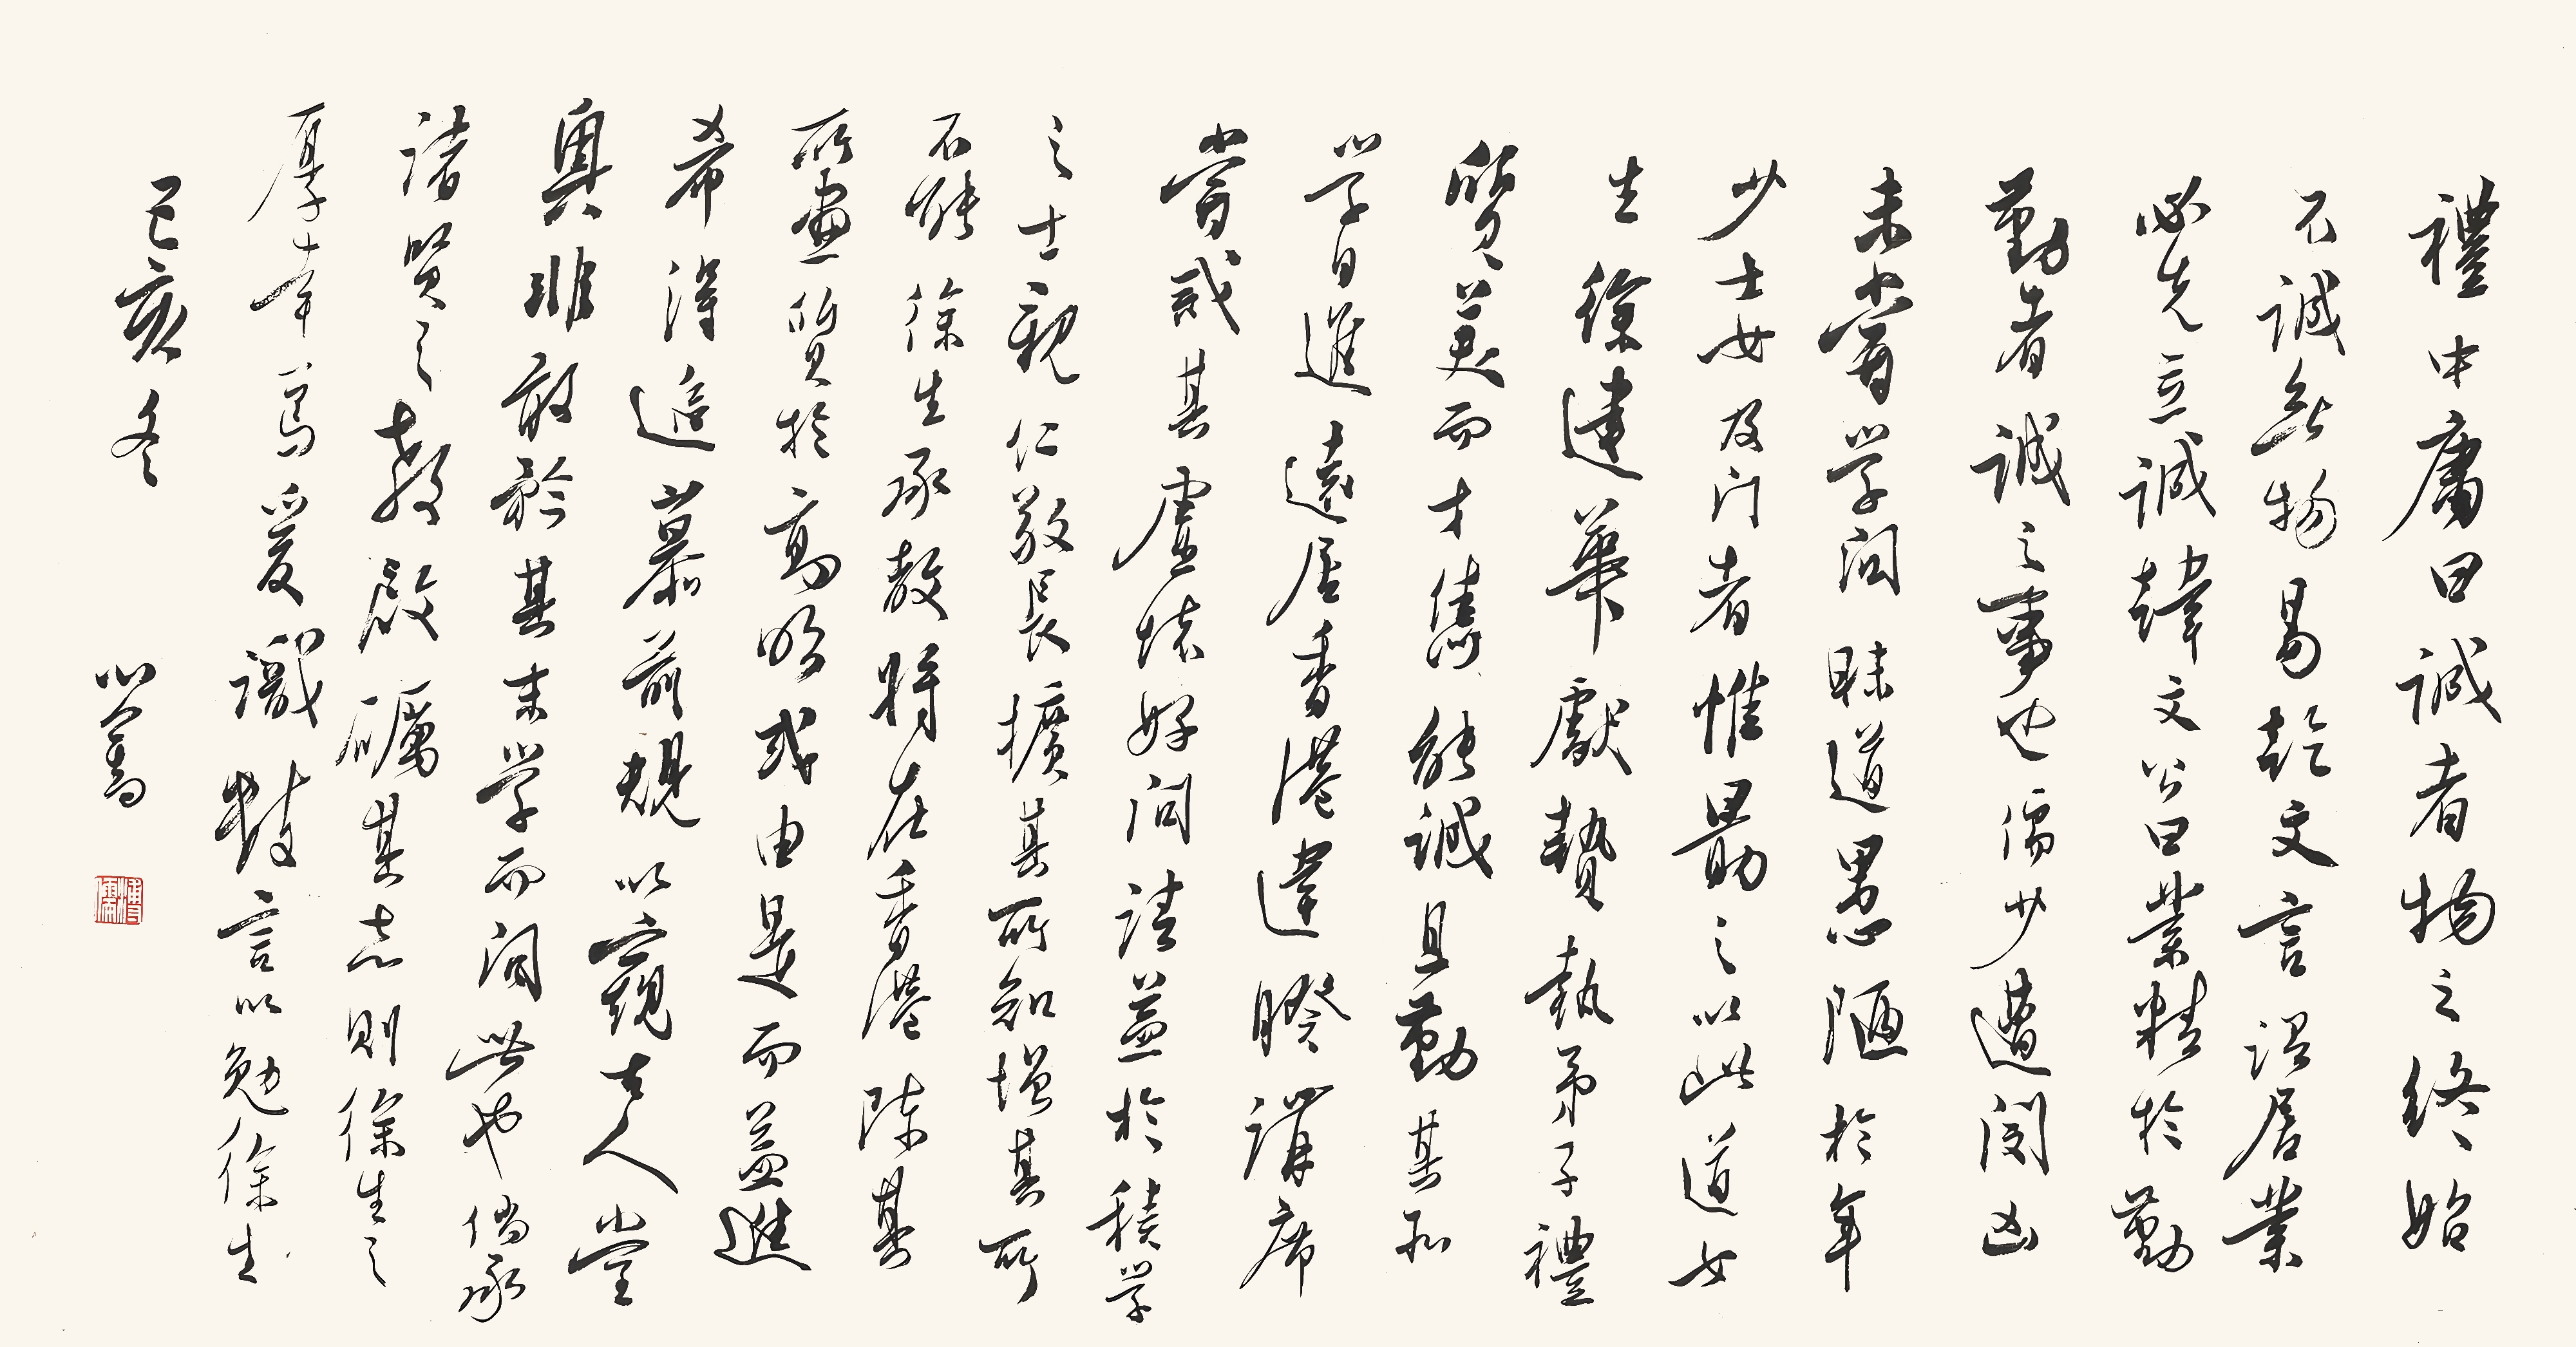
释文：礼．中庸曰：诚者物之终始，不诚无物。易．干文言：修居业必先立诚。韩文公曰：业精于勤者，诚之事也。儒少遭闻凶，未尝学问，昧道愚陋，于年少士女及门者，惟最之以此道。女生徐建华献贽执弟子礼，质美而才隽，能诚且勤，其私学日进，远居香港，违睽讲席尝戒，其虚怀好问请，益于积学之士；亲仁敬长，扩其所知，增其所不能。徐生承教，将在香港陈其所画所见于高明，或由是而益进希得，追慕前规，以窥古人堂奥，非敢于其末学而闻此也。尙承诸贤之教启，砺其志，则徐生之厚幸，笃爰识数言以勉徐生。己亥冬，心畬。